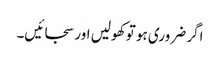
اگر ضروری ہو تو کھولیں اور سجائیں۔